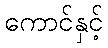
ကောင်နှင့်